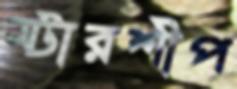
স্টারশীপ